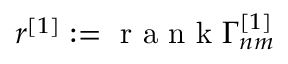
r ^ { [ 1 ] } : = \mathrm { ~ r ~ a ~ n ~ k ~ } \Gamma _ { n m } ^ { [ 1 ] }